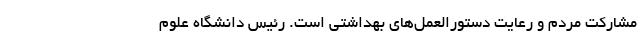
مشارکت مردم و رعایت دستورالعمل‌های بهداشتی است. رئیس دانشگاه علوم